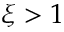
\xi > 1